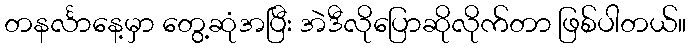
တနင်္လာနေ့မှာ တွေ့ဆုံအပြီး အဲဒီလိုပြောဆိုလိုက်တာ ဖြစ်ပါတယ်။